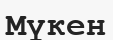
Мүкен